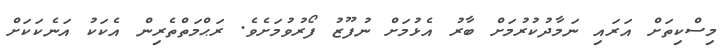
މިސްކިތަށް އަރައި ނަމާދުކުރުމަށް ބާރު އެޅުމަށް ނުފޫޒު ފޯރުވުމަށެވެ. ރަޙްމަތްތެރިން އެކަކު އަނެކަކަށް